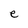
Character: e